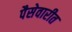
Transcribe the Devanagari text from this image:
पैसेवारीत